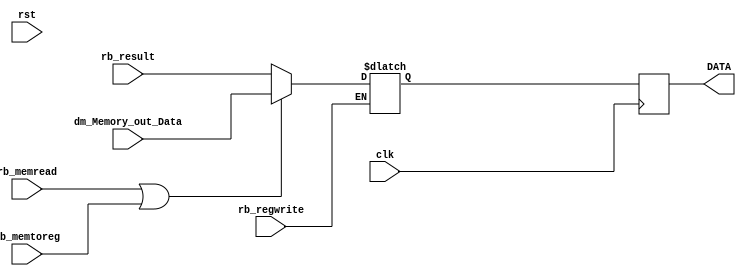
//WRITE BACK REGISTER//
module WriteRegister#(parameter d_size=32,ad_size=32)(
  input clk,rst,rb_memtoreg,rb_memread,rb_regwrite,
  input [d_size-1:0] dm_Memory_out_Data,rb_result,
  //the final output displaying the data stored in registe file
  output reg[d_size-1:0] DATA
);
  reg [d_size-1:0] data;
  always@*
    begin
      if(rb_regwrite)
        begin
          if(rb_memread || rb_memtoreg)
            data=dm_Memory_out_Data;
          else
             data=rb_result;
        end
    end
  always@(posedge clk)
    begin
      DATA=data;
    end

endmodule